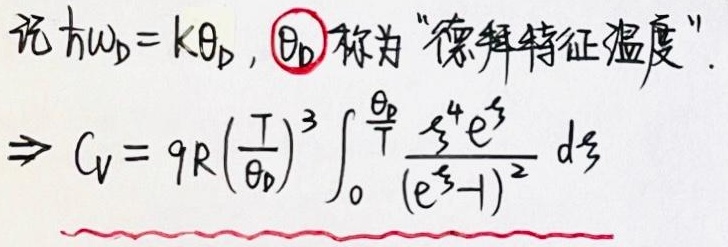
记\(\hbar\omega_D = k\theta_D\)，\(\theta_D\)称为“德拜特征温度”。
\[
\Rightarrow C_V = 9R\left(\frac{T}{\theta_D}\right)^3 \int_{0}^{\frac{\theta_D}{T}} \frac{\xi^{4}e^{\xi}}{(e^{\xi}-1)^2} \mathrm{d}\xi
\]